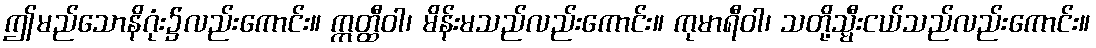
ဤမည်သောနိဂုံး၌လည်းကောင်း။ ဣတ္ထီဝါ၊ မိန်းမသည်လည်းကောင်း။ ကုမာရီဝါ၊ သတို့သ္မီးငယ်သည်လည်းကောင်း။